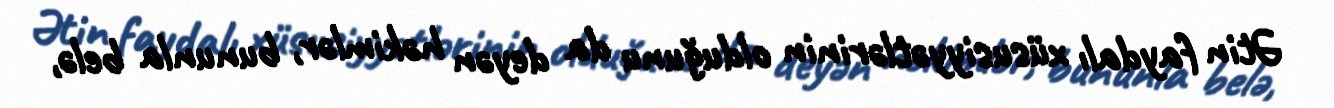
Ətin faydalı xüsusiyyətlərinin olduğunu da deyən həkimlər, bununla belə,